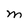
Character: M